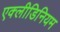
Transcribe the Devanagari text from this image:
एक्लीडिनियम